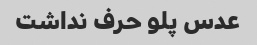
عدس پلو حرف نداشت